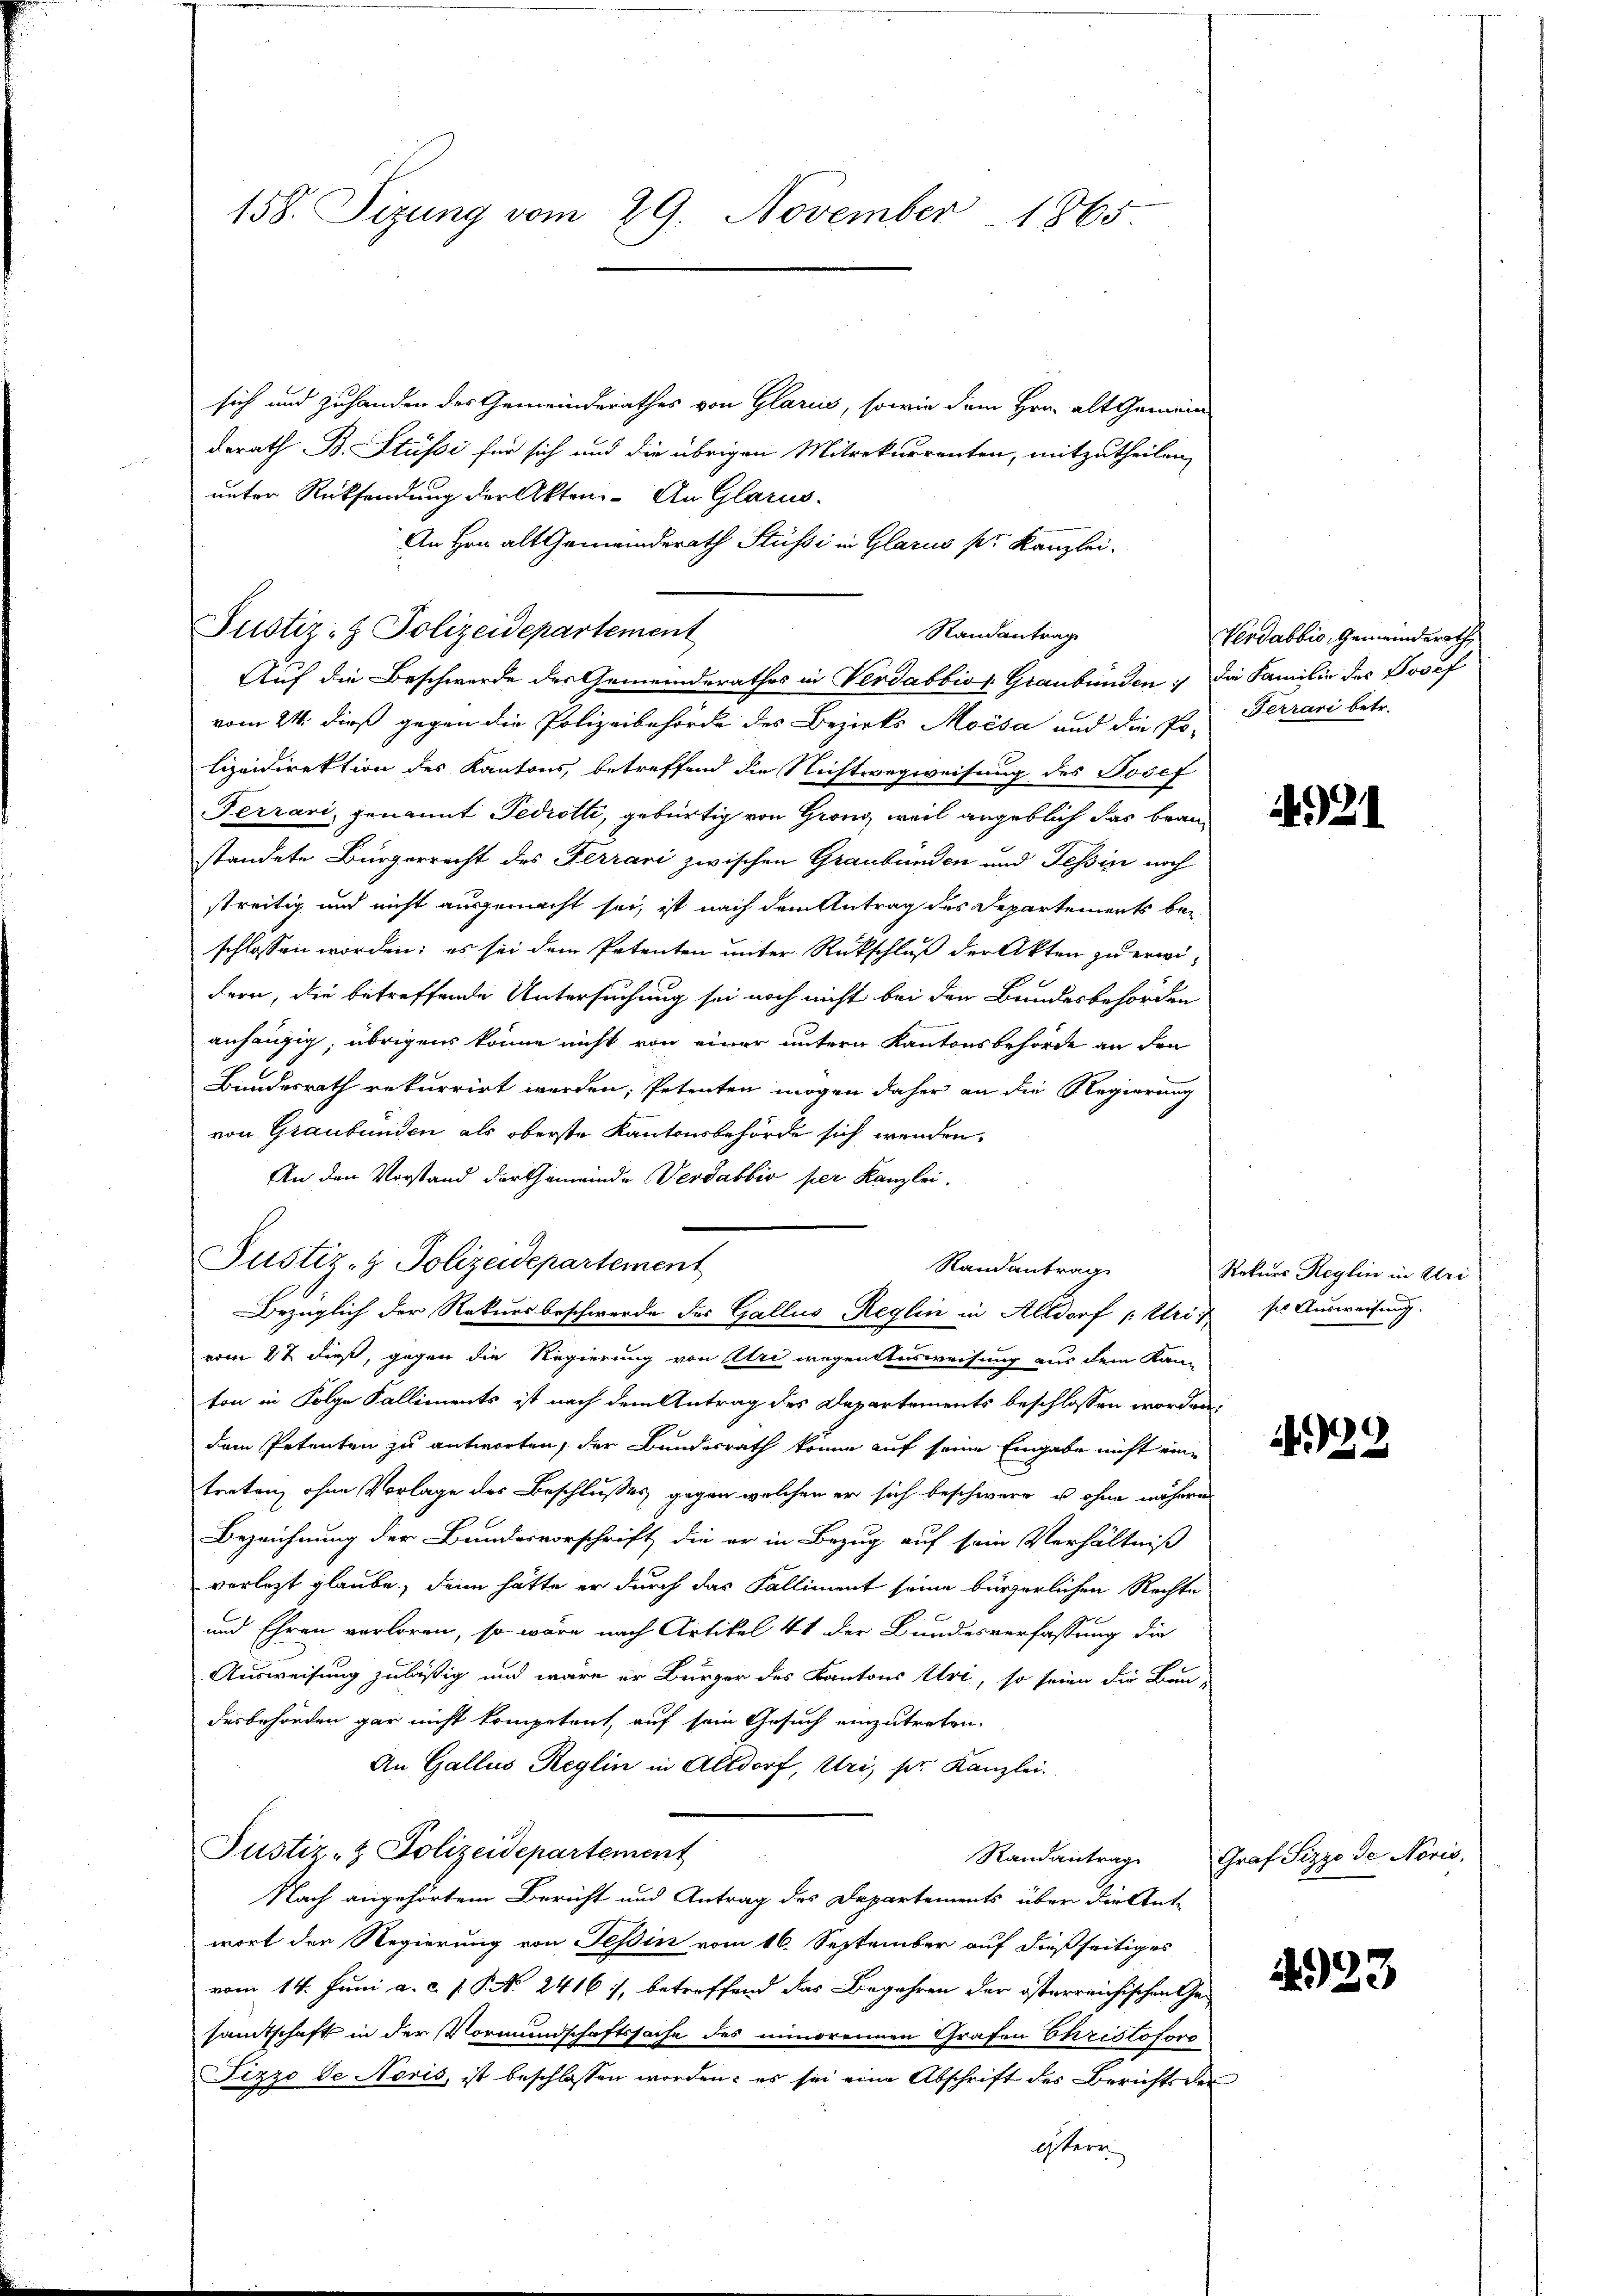
158. Sizung vom 29. November 1865

sich und zuhanden des Gemeinderathes von Glarus, sowie dem Hrn. alt Gemeindderath B. Stüssi für sich und die übrigen Mitrekurrenten, mitzutheilen,
unter Rücksendung der Akten. An Glarus
An Hrn. alt Gemeinderath Stüssi in Glarus pr. Kanzlei.
vom 21. dieß gegen die Polizeibehörde des Bezirks Moisa und die Po-Terrani betr.
lizeidirektion des Kantons, betreffend die Nichtwegweisung des Josef
errari, genannt Tedrotti, gebürtig von Grond, weil angeblich das braustandete Bürgerrecht des Ferrari zwischen Graubünden und Tessin noch
streitig und nicht ausgemacht sei, ist nach dem Antrag des Departements beschlossen worden; es sei dem Petenten unter Rückschluß der Akten zu erwidern, die betreffende Untersuchung sei noch nicht bei den Bundesbehörden
anhängig, übrigens könne nicht von einer untern Kantonsbehörde an Fra
Bundesrath rekurrirt werden, Petenten mögen daher an die Regierung
von Graubünden als oberste Kantonsbehörde sich werden.
An den Vorstand der Gemeinde Verdabbio per Kanzlei.
Justiz- & Polizeidepartement
Randantrag
Bezüglich der Rekursbeschwerde des Gallus-Reglin in Altdorf (: Uri
vom 27 dieß, gegen die Regierung von Uri wegentensweisung aus dem Kan-
ton in Folge Falliments ist nach dem Antrag des Departements beschlossen worden.
dem Petenten zu antworten, der Bundesrath könne auf seine Eingabe nicht eine
treten, ohne Vorlage des Beschlusses gegen welchen er sich beschwere u ohne nähere
Bezeichnung der Bundesvorschrift, die er in Bezug auf sein Verhältniß
verletzt glaube, denn hätte er durch das Falliment seine bürgerlichen Rechte
und Ehren verloren, so wäre nach Artikel 41 der Bundesverfassung die
Ausweisung zuläßig und wäre er Bürger des Kantons Uri, so seien die Bau-
desbehörden gar nicht kompetent, auf sein Gesuch einzutreten.
An Gallus Reglin in Altdorf, Uri, ser Kanzlei.
Justiz- & Polizeidepartement
Randantrage
Nach angehörtem Bericht und Antrag des Departements über die Ant-
wort der Regierung von Tessin vom 16. September auf dießseitiges
vom 14. Juni a. c. p. P. No. 2416., betreffend das Begehren der österreichischen Gesamtschaft in der Vormundschaftssache des minorennen Grafen Christofovo
Fizzo de Noris, ist beschlossen worden: es sei eine Abschrift des Berichts der
isterr

Justiz- & Polizeidepartement

Randantrag
Auf die Beschwerde der Gemeindsrathes in Verdabbio. Graubünden :/ die Familie des Josef

Verdabbis, Gemeinderath,

1921

Rekurs Reglin in Uri
sie Ausweisung.

4922

Graf Pizzo de Noris.

4923